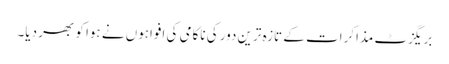
بریگزٹ مذاکرات کے تازہ ترین دور کی ناکامی کی افواہوں نے ہوا کو بھر دیا۔